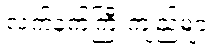
လက်နက်ကြီးကျည်များ